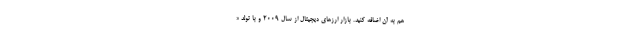
هم به آن اضافه کنید. بازار ارزهای دیجیتال از سال ۲۰۰۹ و با تولد «